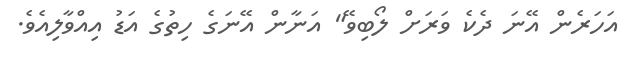
އަހަރެން އޭނަ ދެކެ ވަރަށް ލޯބިވޭ" އަނާން އޭނަގެ ހިތުގެ އަޑު އިއްވާލިއެވެ.